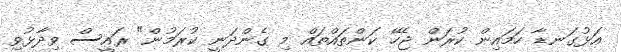
އަޅުގަނޑާ ހަމައިން ކުރަން ޖެހޭ ކަންތައްތައް މި ގެންދަނީ ކުރަމުން" ރައީސް ވިދާޅުވި